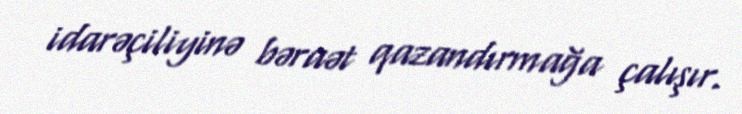
idarəçiliyinə bəraət qazandırmağa çalışır.